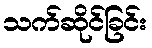
သက်ဆိုင်ခြင်း